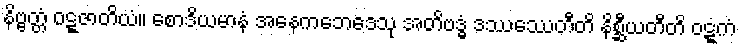
နိဗ္ဗတ္တံ ဝဋ္ဋဇာတိယံ။ စောဒိယမာနံ အနေကဘေဒေသု အတိဗဒ္ဓံ ဒဿေဿတီတိ နိစ္ဆီယတီတိ ဝဋ္ဋကံ